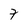
Character: 7